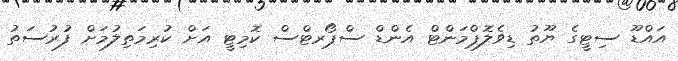
އައްޑޫ ސިޓީގެ ޔޫތު ޑިވެލޮޕްމަންޓް އެންޑް ސްޕޯރޓްސް ކޮމިޓީ އަށް ކުރިމަތިލުމަށް ފުރުސަތު